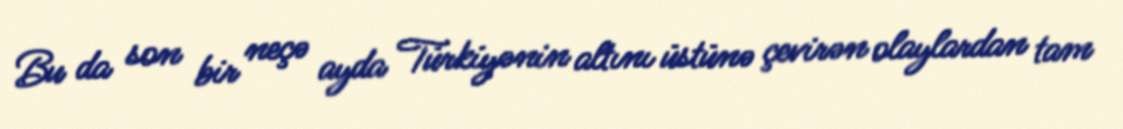
Bu da son bir neçə ayda Türkiyənin altını üstünə çevirən olaylardan tam